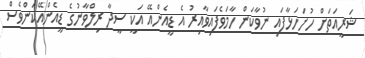
ޝަރީއަތަށް ހުށަހަޅާފައި ނުވާކަން ހާމަވެފައިވާއިރު އެ ޑީއެންއޭ އަކީ ސީދާ ރިލްވާނުގެ ޑީއެންއޭކަންވެސް